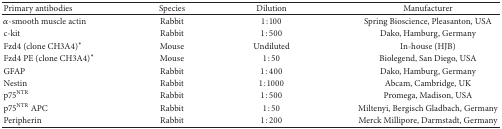
<table><thead><tr><td><b>Primary antibodies</b></td><td><b>Species</b></td><td><b>Dilution</b></td><td><b>Manufacturer</b></td></tr></thead><tbody><tr><td><i>α</i>-smooth muscle actin</td><td>Rabbit</td><td>1 : 100</td><td>Spring Bioscience, Pleasanton, USA</td></tr><tr><td>c-kit</td><td>Rabbit</td><td>1 : 500</td><td>Dako, Hamburg, Germany</td></tr><tr><td>Fzd4 (clone CH3A4)<sup><i>∗</i></sup></td><td>Mouse</td><td>Undiluted</td><td>In-house (HJB)</td></tr><tr><td>Fzd4 PE (clone CH3A4)<sup><i>∗</i></sup></td><td>Mouse</td><td>1 : 50</td><td>Biolegend, San Diego, USA</td></tr><tr><td>GFAP</td><td>Rabbit</td><td>1 : 400</td><td>Dako, Hamburg, Germany</td></tr><tr><td>Nestin</td><td>Rabbit</td><td>1 : 1000</td><td>Abcam, Cambridge, UK</td></tr><tr><td>p75<sup>NTR</sup></td><td>Rabbit</td><td>1 : 500</td><td>Promega, Madison, USA</td></tr><tr><td>p75<sup>NTR</sup> APC</td><td>Rabbit</td><td>1 : 50</td><td>Miltenyi, Bergisch Gladbach, Germany</td></tr><tr><td>Peripherin</td><td>Rabbit</td><td>1 : 200</td><td>Merck Millipore, Darmstadt, Germany</td></tr></tbody></table>